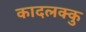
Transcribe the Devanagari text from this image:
कादलक्कु